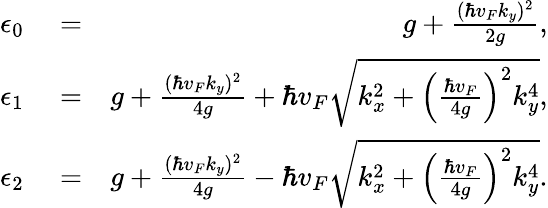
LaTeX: \begin{array}{rlr}{\epsilon_{0}}&{{}=}&{g+\frac{(\hbar v_{F}k_{y})^{2}}{2g},}\\ {\epsilon_{1}}&{{}=}&{g+\frac{(\hbar v_{F}k_{y})^{2}}{4g}+\hbar v_{F}\sqrt{k_{x}^{2}+\left(\frac{\hbar v_{F}}{4g}\right)^{2}k_{y}^{4}},}\\ {\epsilon_{2}}&{{}=}&{g+\frac{(\hbar v_{F}k_{y})^{2}}{4g}-\hbar v_{F}\sqrt{k_{x}^{2}+\left(\frac{\hbar v_{F}}{4g}\right)^{2}k_{y}^{4}}.}\end{array}